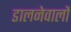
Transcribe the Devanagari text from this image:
डालनेवालों